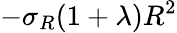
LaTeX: -\sigma_{R}(1+\lambda)R^{2}